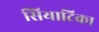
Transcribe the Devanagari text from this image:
सियाटिका